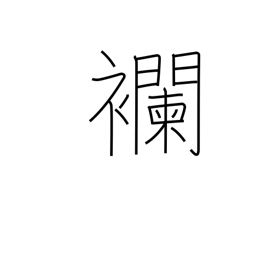
Meaning: a kind of cloth